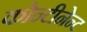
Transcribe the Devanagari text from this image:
कोन्टीनेन्ट